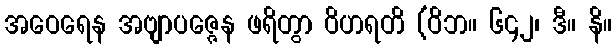
အဝေရေန အဗျာပဇ္ဇေန ဖရိတွာ ဝိဟရတိ (ဝိဘ။ ၆၄၂၊ ဒီ။ နိ။